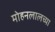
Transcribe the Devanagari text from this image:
मोहनलालच्या